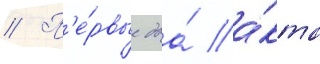
// П'е́рвые два́ а́кта